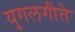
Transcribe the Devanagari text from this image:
युगलगीते